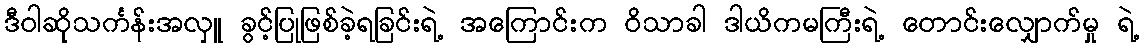
ဒီဝါဆိုသင်္ကန်းအလှူ ခွင့်ပြုဖြစ်ခဲ့ရခြင်းရဲ့ အကြောင်းက ဝိသာခါ ဒါယိကမကြီးရဲ့ တောင်းလျှောက်မှု ရဲ့